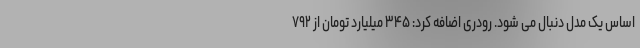
اساس یک مدل دنبال می شود. رودری اضافه کرد: ۳۴۵ میلیارد تومان از ۷۹۲